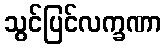
သွင်ပြင်လက္ခဏာ